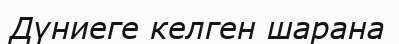
Дүниеге келген шарана